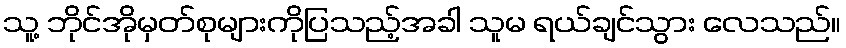
သူ့ ဘိုင်အိုမှတ်စုများကိုပြသည့်အခါ သူမ ရယ်ချင်သွား လေသည်။